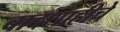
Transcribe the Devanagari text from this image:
बादशाहीचे